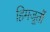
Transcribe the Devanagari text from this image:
हिमजूतों